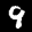
Label: 9